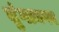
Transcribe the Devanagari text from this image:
तुंगानगर